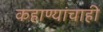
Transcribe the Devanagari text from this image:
कहाण्यांचाही